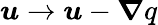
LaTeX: \boldsymbol{u}\to\boldsymbol{u}-\boldsymbol{\nabla}q